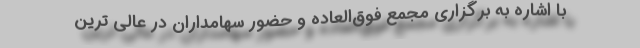
با اشاره به برگزاری مجمع فوق‌العاده‌ و حضور سهامداران در عالی ترین